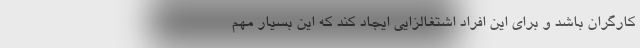
کارگران باشد و برای این افراد اشتغالزایی ایجاد کند که این بسیار مهم